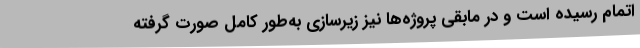
اتمام رسیده است و در مابقی پروژه‌ها نیز زیرسازی به‌طور کامل صورت گرفته